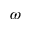
\omega